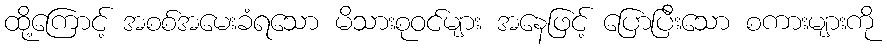
ထို့ကြောင့် အစစ်အမေးခံရသော မိသားစုဝင်များ အနေဖြင့် ပြောပြီးသော စကားများကို